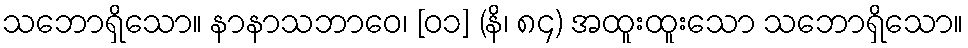
သဘောရှိသော။ နာနာသဘာဝေ၊ [၀၁] (နိ၊ ၈၄) အထူးထူးသော သဘောရှိသော။